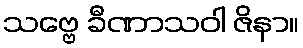
သဗ္ဗေ ခီဏာသဝါ ဇိနာ။